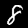
Label: 8